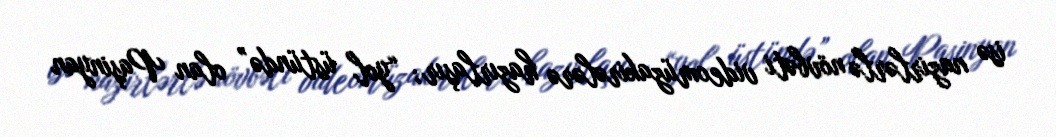
isə nazirlərlə növbəti videomüzakirələrə hazırlaşır; “yol üstündə” olan Paşinyan